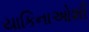
યાકિનાઓશી